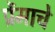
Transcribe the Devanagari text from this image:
प्रेंमाचे